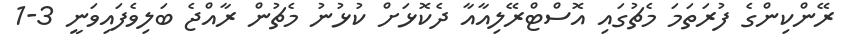
ރޭންކިންގެ ފުރަތަމަ މެޗުގައި އޮސްޓްރޭލިއާއާ ދެކޮޅަށް ކުޅުނު މެޗުން ރާއްޖެ ބަލިވެފައިވަނީ 3-1